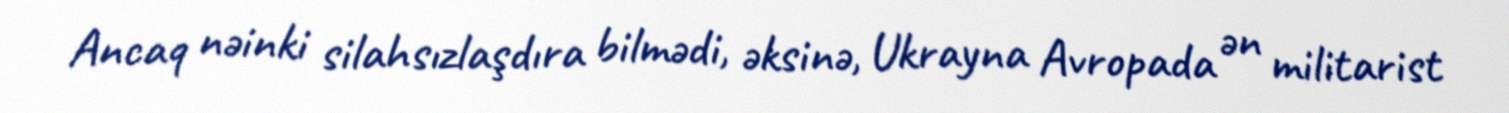
Ancaq nəinki silahsızlaşdıra bilmədi, əksinə, Ukrayna Avropada ən militarist